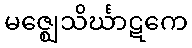
မဇ္ဈေသိင်္ဃာဋကေ